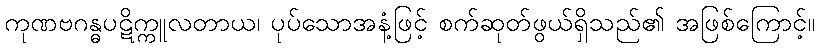
ကုဏဗဂန္ဓပဋိက္ကူလတာယ၊ ပုပ်သောအနံ့ဖြင့် စက်ဆုတ်ဖွယ်ရှိသည်၏ အဖြစ်ကြောင့်။